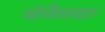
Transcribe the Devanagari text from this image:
कॉर्पोरेशनद्वारा